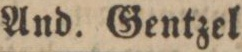
And. Gentzel.